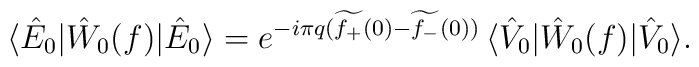
\langle \hat E_0 | \hat W_0 (f) | \hat E_0 \rangle =e^{-i \pi  q(\widetilde{f _+} (0) -\widetilde{ f_-} (0))} \,\langle \hat V_0 | \hat W_0 (f) | \hat V_0 \rangle.